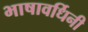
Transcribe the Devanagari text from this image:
भाषावर्धिनी